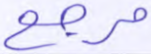
مرجع